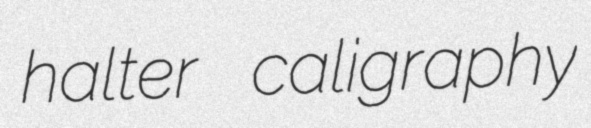
halter caligraphy